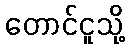
တောင်ငူသို့